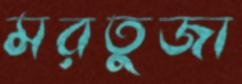
মরতুজা